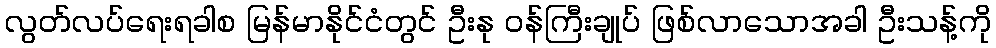
လွတ်လပ်ရေးရခါစ မြန်မာနိုင်ငံတွင် ဦးနု ဝန်ကြီးချုပ် ဖြစ်လာသောအခါ ဦးသန့်ကို